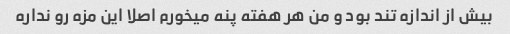
بیش از اندازه تند بود و من هر هفته پنه میخورم اصلا این مزه رو نداره